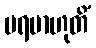
ပရမာဟုတိံ